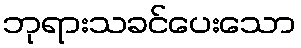
ဘုရားသခင်ပေးသော